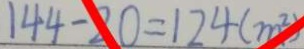
1 4 4 - 2 0 = 1 2 4 ( m ^ { 2 } )